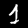
Digit: 1